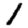
Digit: 1